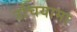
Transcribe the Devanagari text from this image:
उचियामा